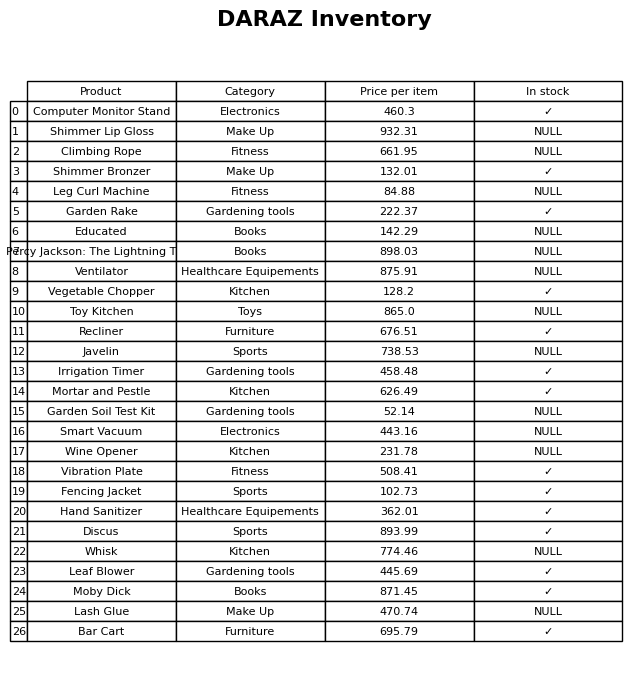
question: What is the price for Smart Vacuum?
answer: The price of Smart Vacuum is 443.16.